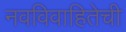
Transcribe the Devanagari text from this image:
नवविवाहितेची